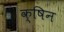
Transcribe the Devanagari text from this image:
क्षिन